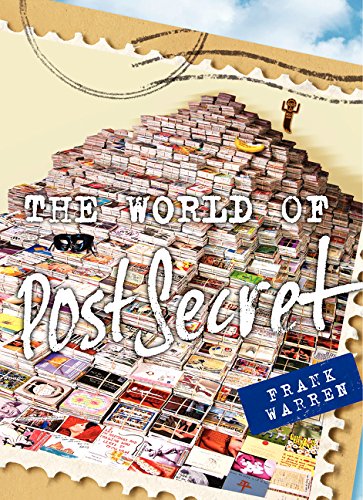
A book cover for The World of PostSecret; Frank Warren; Humor & Entertainment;